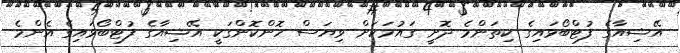
އޭޝިއާގެ ފުޓްބޯޅައިގެ ކިތަންމެ ދޮށީ ގައުމަކަށް ވިޔަސް ހޮންކޮންގަކީ އޭޝިއާގެ ފުޓްބޯޅައިގެ އެންމެ